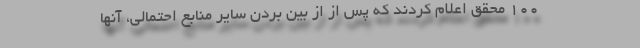
۱۰۰ محقق اعلام کردند که پس از از بین بردن سایر منابع احتمالی، آنها